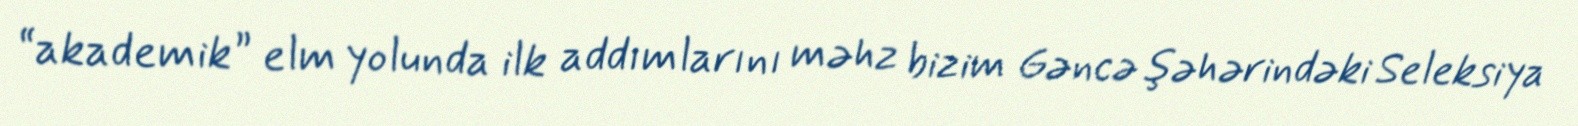
“akademik” elm yolunda ilk addımlarını məhz bizim Gəncə şəhərindəki Seleksiya